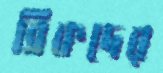
ব্রিকদের